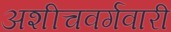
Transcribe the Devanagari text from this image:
अशीचवर्गवारी